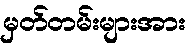
မှတ်တမ်းများအား